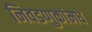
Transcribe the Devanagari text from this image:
निवडणुकांमधे